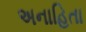
અનાહિતા